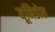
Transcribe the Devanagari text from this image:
यूनिडोस